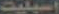
اسبليت